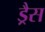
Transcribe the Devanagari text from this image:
ड्रैस